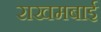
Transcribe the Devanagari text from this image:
राखमबाई